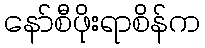
နော်စီဖိုးရာစိန်က